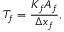
T _ { f } = \frac { K _ { f } A _ { f } } { \Delta x _ { f } } ,